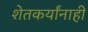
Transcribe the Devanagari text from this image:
शेतकर्यांनाही